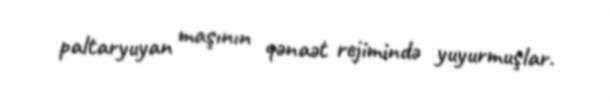
paltaryuyan maşının qənaət rejimində yuyurmuşlar.